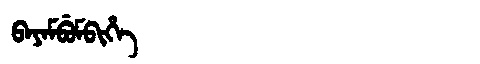
Manchu: ᠪᠠᠶᠠᠮᠪᡠᠮᠪᡳᡥᡝ
Romanization: BAYAMBUMBIHE